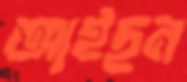
আইছন